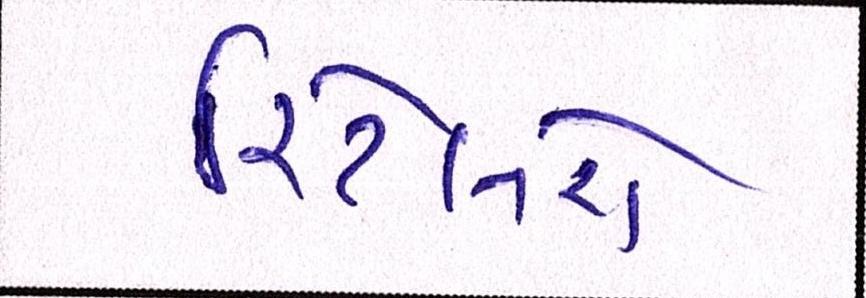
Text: રિટેલરો